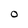
Character: O